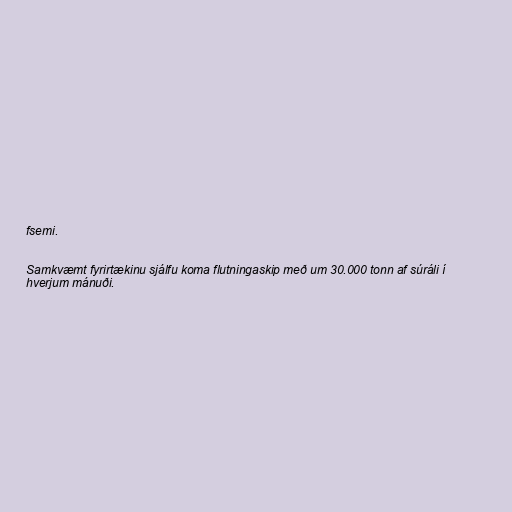
fsemi.

Samkvæmt fyrirtækinu sjálfu koma flutningaskip með um 30.000 tonn af súráli í
hverjum mánuði.